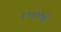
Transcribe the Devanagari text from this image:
१५००ई